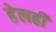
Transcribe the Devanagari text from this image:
हेलही